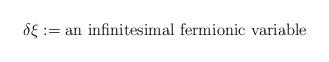
LaTeX: \begin{align*}\delta \xi := \mbox{an infinitesimal fermionic variable}\end{align*}